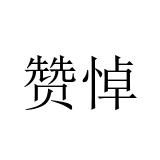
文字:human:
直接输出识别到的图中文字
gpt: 赞悼